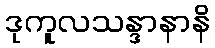
ဒုကူလသန္ဒာနာနိ